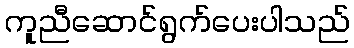
ကူညီဆောင်ရွက်ပေးပါသည်